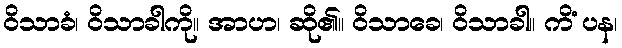
ဝိသာခံ၊ ဝိသာခါကို။ အာဟ၊ ဆို၏။ ဝိသာခေ၊ ဝိသာခါ။ ကိံ ပန၊